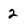
Character: 2